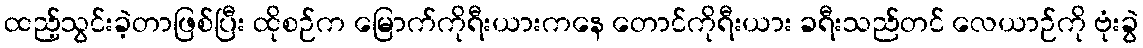
ထည့်သွင်းခဲ့တာဖြစ်ပြီး ထိုစဉ်က မြောက်ကိုရီးယားကနေ တောင်ကိုရီးယား ခရီးသည်တင် လေယာဉ်ကို ဗုံးခွဲ